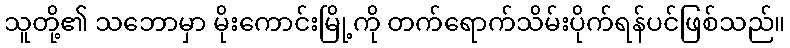
သူတို့၏ သဘောမှာ မိုးကောင်းမြို့ကို တက်ရောက်သိမ်းပိုက်ရန်ပင်ဖြစ်သည်။